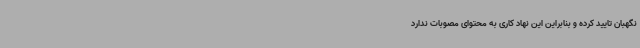
نگهبان تایید کرده و بنابراین این نهاد کاری به محتوای مصوبات ندارد